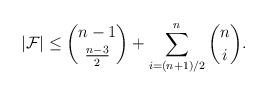
LaTeX: \begin{align*} |\mathcal{F}| \leq {n-1 \choose \frac{n-3}{2}}+\sum_{i=(n+1)/2}^n {n \choose i}.\end{align*}